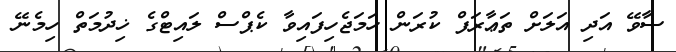
ސާވޭ އަދި އަލަށް ތަޢާރަފް ކުރަން ހަމަޖެހިފައިވާ ކެޕްސް ލައިޓްގެ ޚިދުމަތް ހިމެނޭ